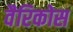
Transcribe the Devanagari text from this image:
वैरिकोस